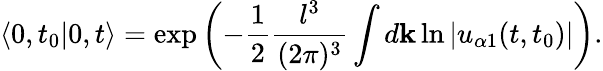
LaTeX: \left<0,t_{0}|0,t\right>=\exp\left(-\frac{1}{2}\frac{l^{3}}{(2\pi)^{3}}\int d{\mathbf k}\ln|u_{\alpha 1}(t,t_{0})|\right).